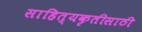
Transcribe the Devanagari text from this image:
साहित्यकृतीसाठी